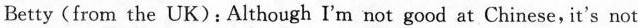
Betty(from the UK):Although I'm not good at Chinese,it's not